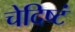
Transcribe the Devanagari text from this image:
चेदिष्टं